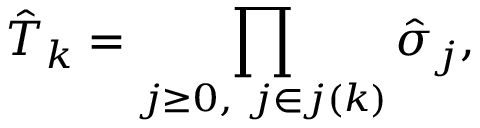
\hat { T } _ { k } = \prod _ { j \ge 0 , \ j \in j ( k ) } \hat { \sigma } _ { j } ,